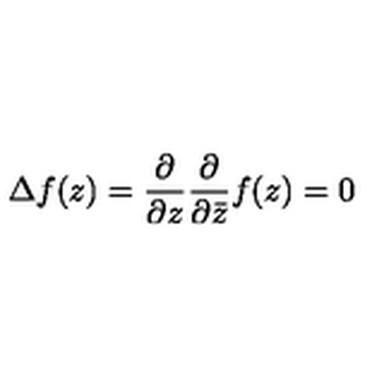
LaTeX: \Delta f ( z ) = \frac { \partial } { \partial z } \frac { \partial } { \partial \bar { z } } f ( z ) = 0